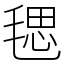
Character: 毸